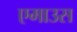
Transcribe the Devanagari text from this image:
एमाउस